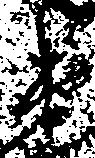
衛